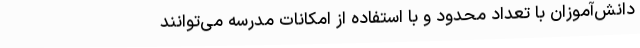
دانش‌آموزان با تعداد محدود و با استفاده از امکانات مدرسه می‌توانند